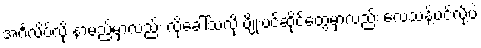
အင်္ဂလိပ်လို နာမည်မှာလည်း လို့ခေါ်သလို ပျိုးပင်ဆိုင်တွေမှာလည်း လေသန့်ပင်လို့ပဲ